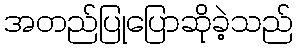
အတည်ပြုပြောဆိုခဲ့သည်